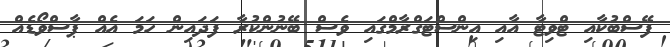
ފޭސްބުކާއި ޓްވިޓާ އާއި އިންސްޓަގްރާމްގައި ވެސް ބޭނުންކުރާ ފަދައިން ހަމަ އެއް ޕާސްވޯޑެއް